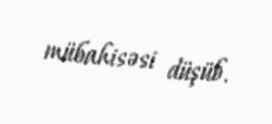
mübahisəsi düşüb.